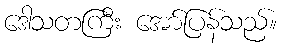
ဒေါသတကြီး အော်ပြန်သည်။